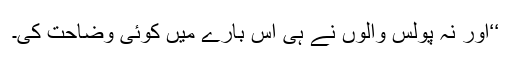
‘‘اور نہ پولس والوں نے ہی اس بارے میں کوئی وضاحت کی۔